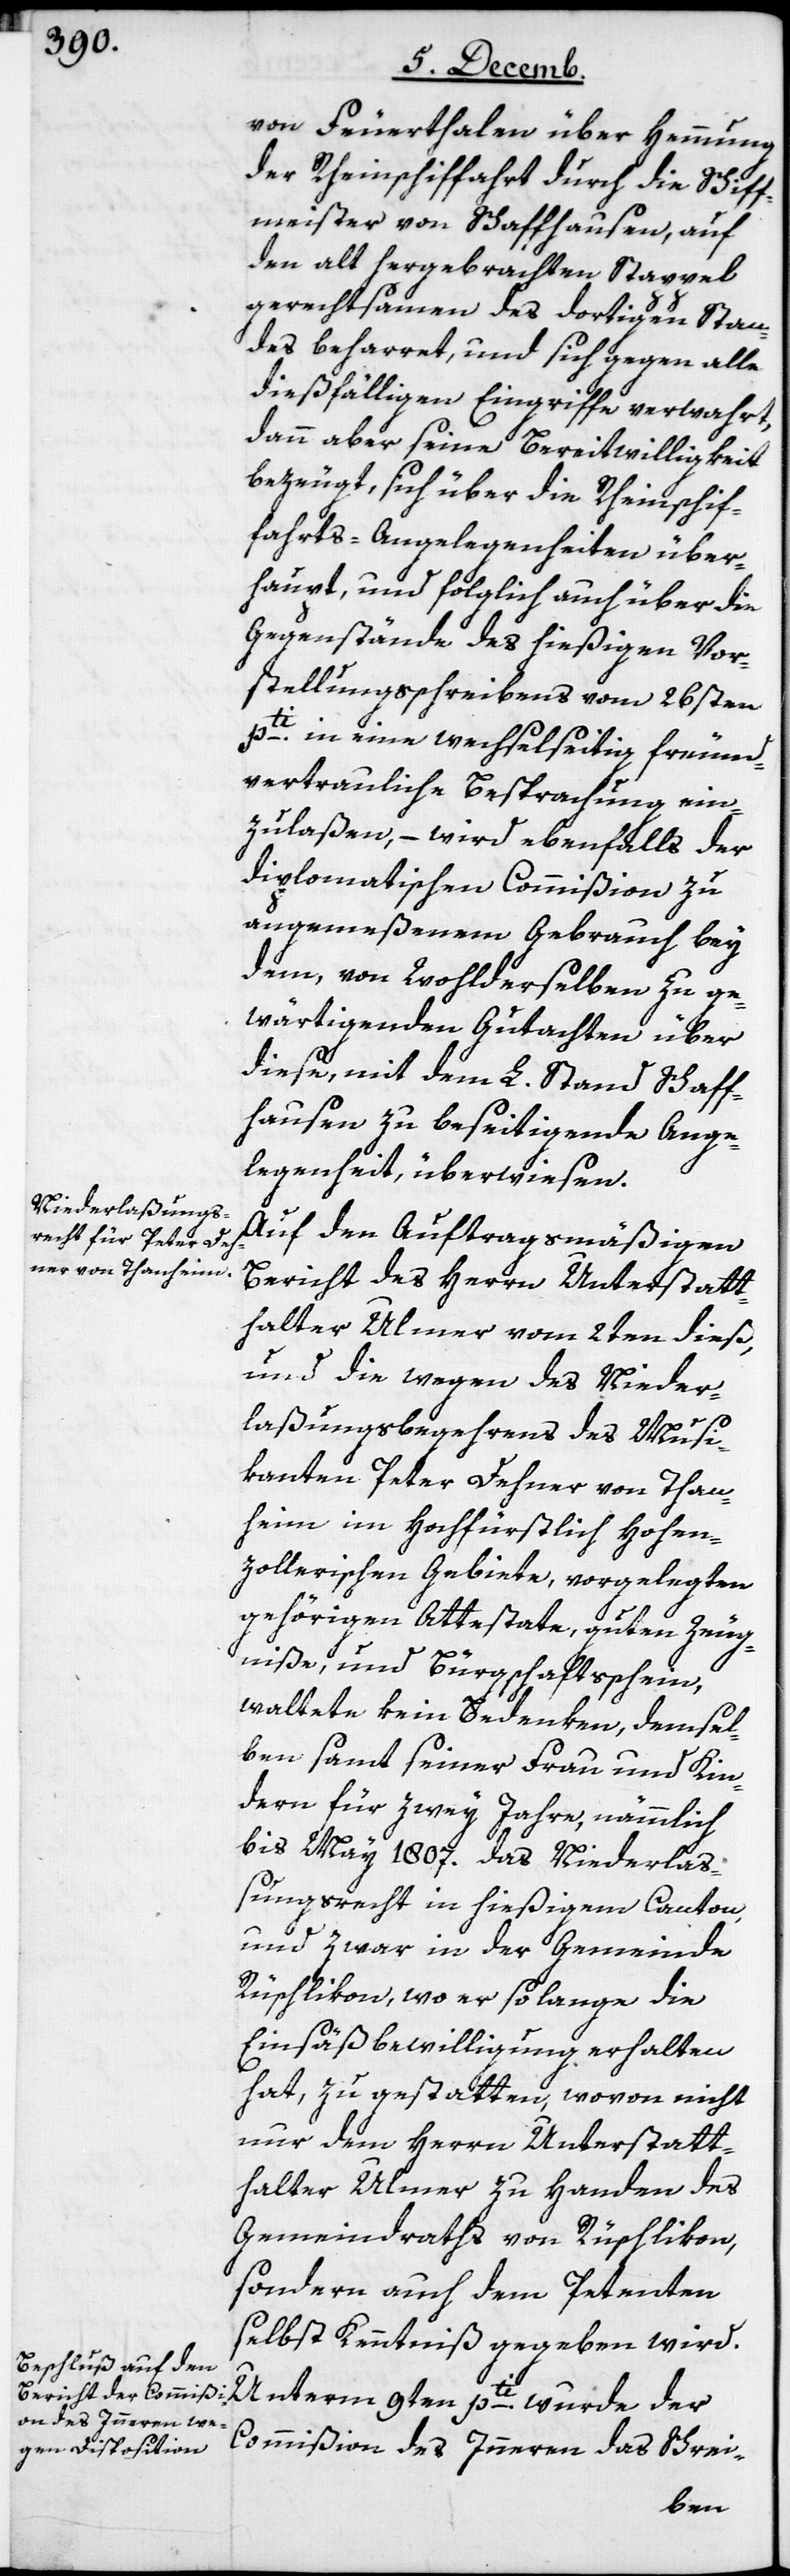
von Feuerthalen über Hemmung
der Rheinschiffahrt durch die Schiff¬
meister von Schaffhausen, auf
den alt hergebrachten Stappel
gerechtsamen des dortigen Stan¬
des beharret, und sich gegen alle
dießfälligen Eingriffe verwahrt,
dann aber seine Bereitwilligkeit
bezeugt, sich über die Rheinschif¬
fahrts-Angelegenheiten über¬
haupt, und folglich auch über die
Gegenstände des hießigen Vor¬
stellungsschreiben vom 26sten
pti. in eine wechselseitige freund¬
vertrauliche Betrachtung ein¬
zulaßen, – wird ebenfalls der
Diplomatischen Commißion zu
angemeßenem Gebrauch bey
dem, von Wohlderselben zu ge¬
wärtigenden Gutachten über
diese, mit dem L. Stand Schaff¬
hausen zu beseitigende Ange¬
legenheit überwiesen.
Auf den auftragsmäßigen
Bericht des Herrn Unterstatt¬
halter Ulmer vom 2ten dieß,
und die wegen des Nieder¬
laßungsbegehren des Musi¬
kanten Peter Dehner von Than¬
heim im Hochfürstlich Hohen¬
zollerischen Gebiete, vorgelegten
gehörigen Attestate, guten Zeug¬
niße und Bürgschaftsschein,
waltete kein Bedenken, demsel¬
ben samt seiner Frau und Kin¬
dern für zwey Jahre, nämmlich
bis May 1807. das Niederlaß¬
ungsrecht in hießigem Canton,
und zwar in der Gemeinde
Rüschlikon, wo er so lange die
Einsäßbewilligung erhalten
hat, zu gestatten, wovon nicht
nur dem Herrn Unterstatt¬
halter Ulmer zu Handen des
Gemeindraths von Rüschlikon,
sondern auch dem Petenten
selbst Kenntniß gegeben wird.
Unterm 9ten pti. wurde der
Commißion des Innern das Schrei-